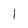
Character: I